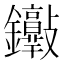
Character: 𨰮